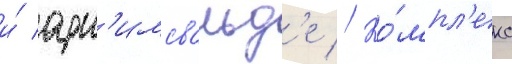
и́ арн'имсвальд'е // Ко́мпл'екс